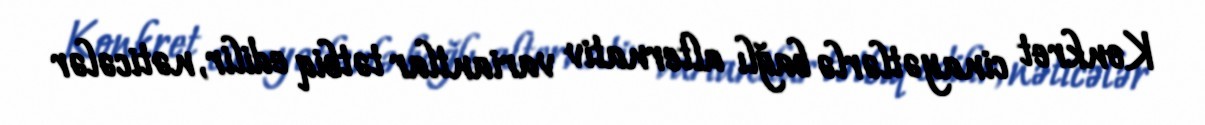
Konkret cinayətlərlə bağlı alternativ variantlar tətbiq edilir, nəticələr